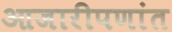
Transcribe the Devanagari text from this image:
आजारीपणांत